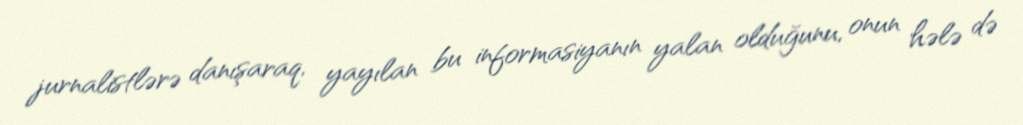
jurnalistlərə danışaraq, yayılan bu informasiyanın yalan olduğunu, onun hələ də